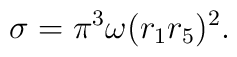
\sigma = \pi^3 \omega (r_1 r_5)^2.